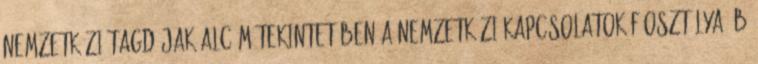
Nemzetközi tagdíjak alcím tekintetében a Nemzetközi Kapcsolatok Főosztálya; b